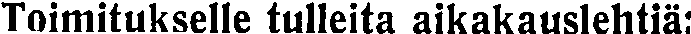
Toimitukselle tulleita aikakauslehtiä: